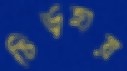
চিড়হায়